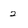
Character: 2